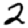
Digit: 2